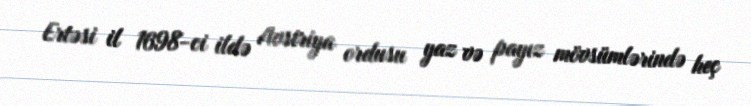
Ertəsi il 1698-ci ildə Avstriya ordusu yaz və payız mövsümlərində heç